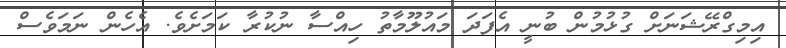
އިމިގްރޭޝަނަށް ގުޅުމުން ބުނީ އެފަދަ މައުލޫމާތު ހިއްސާ ނުކުރާ ކަމަށެވެ. އެހެން ނަމަވެސް